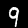
Digit: 9